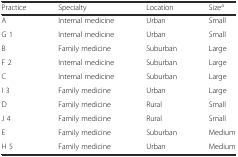
<table><thead><tr><td><b>Practice</b></td><td><b>Specialty</b></td><td><b>Location</b></td><td><b>Size<sup>a</sup></b></td></tr></thead><tbody><tr><td>A</td><td>Internal medicine</td><td>Urban</td><td>Small</td></tr><tr><td>G 1</td><td>Internal medicine</td><td>Urban</td><td>Small</td></tr><tr><td>B</td><td>Family medicine</td><td>Suburban</td><td>Large</td></tr><tr><td>F 2</td><td>Internal medicine</td><td>Suburban</td><td>Large</td></tr><tr><td>C</td><td>Internal medicine</td><td>Suburban</td><td>Large</td></tr><tr><td>I 3</td><td>Family medicine</td><td>Urban</td><td>Large</td></tr><tr><td>D</td><td>Family medicine</td><td>Rural</td><td>Small</td></tr><tr><td>J 4</td><td>Family medicine</td><td>Rural</td><td>Small</td></tr><tr><td>E</td><td>Family medicine</td><td>Suburban</td><td>Medium</td></tr><tr><td>H 5</td><td>Family medicine</td><td>Urban</td><td>Medium</td></tr></tbody></table>